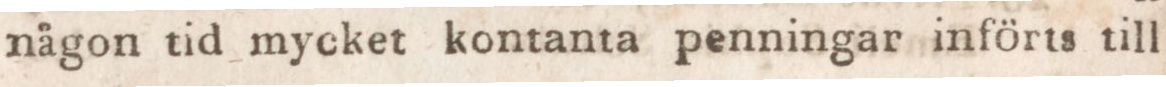
någon tid mycket kontanta penningar införts till